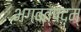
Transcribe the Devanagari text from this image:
भगवत्पदम्